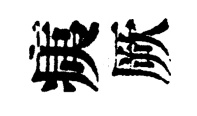
痍厥